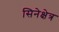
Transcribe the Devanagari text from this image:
सिनेक्षेत्र